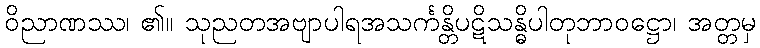
ဝိညာဏဿ၊ ၏။ သုညတအဗျာပါရအသင်္ကန္တိပဋိသန္ဓိပါတုဘာဝဋ္ဌော၊ အတ္တမှ